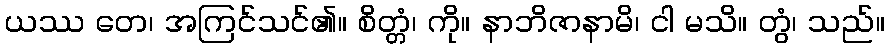
ယဿ တေ၊ အကြင်သင်၏။ စိတ္တံ၊ ကို။ နာဘိဇာနာမိ၊ ငါ မသိ။ တွံ၊ သည်။